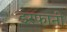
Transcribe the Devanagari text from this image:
इरफानी